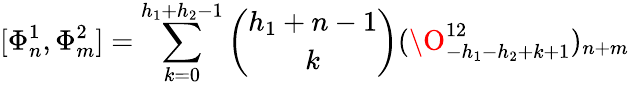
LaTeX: [\Phi_{n}^{1},\Phi_{m}^{2}]=\sum_{k=0}^{h_{1}+h_{2}-1}{\binom{h_{1}+n-1}{k}}(\O_{-h_{1}-h_{2}+k+1}^{12})_{n+m}